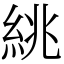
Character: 絩